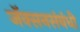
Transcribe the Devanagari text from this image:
जॅक्सनसंबंधी